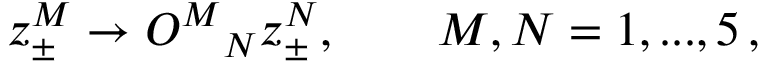
z _ { \pm } ^ { M } \rightarrow O ^ { M } { } _ { N } z _ { \pm } ^ { N } , \qquad M , N = 1 , . . . , 5 \, ,